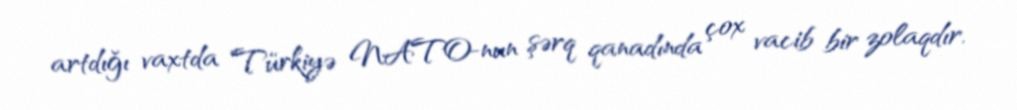
artdığı vaxtda Türkiyə NATO-nun şərq qanadında çox vacib bir zolaqdır.